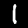
Digit: 1